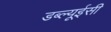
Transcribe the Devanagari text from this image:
डब्ल्यूईसी